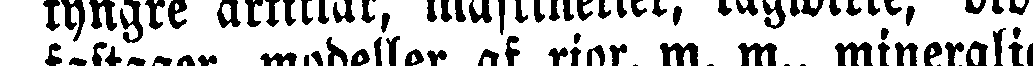
tyngre artiklar, maskinerier, tägwirke, block,